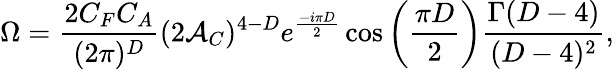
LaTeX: \Omega={\frac{2C_{F}C_{A}}{(2\pi)^{D}}}(2{\cal A}_{C})^{4-D}e^{\frac{-i\pi D}{2}}\cos\left({\frac{\pi D}{2}}\right){\frac{\Gamma(D-4)}{(D-4)^{2}}},